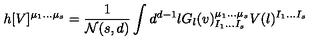
h [ V ] ^ { \mu _ { 1 } \ldots \mu _ { s } } = { \frac { 1 } { { \cal N } ( s , d ) } } \int d ^ { d - 1 } l G _ { l } ( v ) _ { I _ { 1 } \ldots I _ { s } } ^ { \mu _ { 1 } \ldots \mu _ { s } } V ( l ) ^ { I _ { 1 } \ldots I _ { s } }